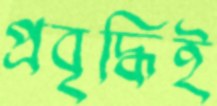
প্রবৃদ্ধিই